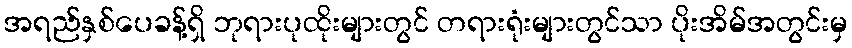
အရည်နှစ်ပေခန့်ရှိ ဘုရားပုထိုးများတွင် တရားရုံးများတွင်သာ ပိုးအိမ်အတွင်းမှ